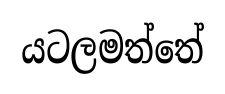
යටලමත්තේ